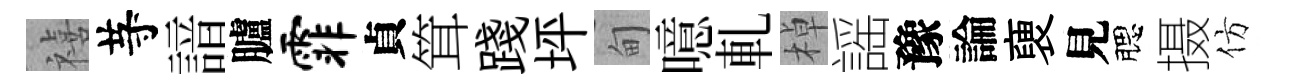
禧䒭諳臚霏貞䇯踐坪甸噫軋棹謡豫論褏見腮摄仿